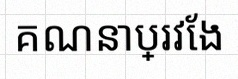
គណនាប្រវែង